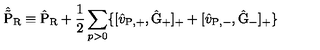
\hat { \tilde { \mathrm { P } } } _ { \mathrm { R } } \equiv \hat { \mathrm { P } } _ { \mathrm { R } } + \frac { 1 } { 2 } \sum _ { p > 0 } \{ [ \hat { v } _ { \mathrm { P , + } } , \hat { \mathrm { G } } _ { + } ] _ { + } + [ \hat { v } _ { \mathrm { P , - } } , \hat { \mathrm { G } } _ { - } ] _ { + } \}